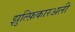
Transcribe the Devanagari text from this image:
झुल्फ़िकारअली